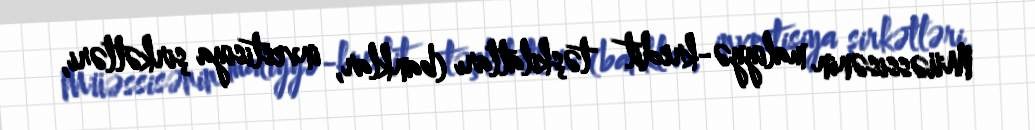
Müəssisənin maliyyə-kredit təşkilatları (banklar, investisiya şirkətləri,